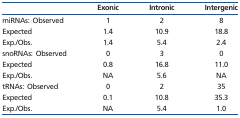
<table><thead><tr><td></td><td><b>Exonic</b></td><td><b>Intronic</b></td><td><b>Intergenic</b></td></tr></thead><tbody><tr><td>miRNAs: Observed</td><td>1</td><td>2</td><td>8</td></tr><tr><td>Expected</td><td>1.4</td><td>10.9</td><td>18.8</td></tr><tr><td>Exp./Obs.</td><td>1.4</td><td>5.4</td><td>2.4</td></tr><tr><td>snoRNAs: Observed</td><td>0</td><td>3</td><td>0</td></tr><tr><td>Expected</td><td>0.8</td><td>16.8</td><td>11.0</td></tr><tr><td>Exp./Obs.</td><td>NA</td><td>5.6</td><td>NA</td></tr><tr><td>tRNAs: Observed</td><td>0</td><td>2</td><td>35</td></tr><tr><td>Expected</td><td>0.1</td><td>10.8</td><td>35.3</td></tr><tr><td>Exp./Obs.</td><td>NA</td><td>5.4</td><td>1.0</td></tr></tbody></table>